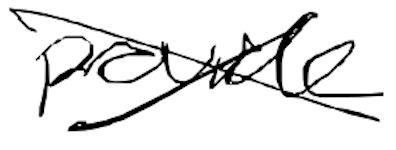
Text: provide
Cross-out: cross
Writing tool: digital_black